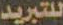
للتبريد